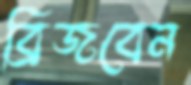
ব্রিজবেন